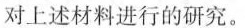
对上述材料进行的研究。